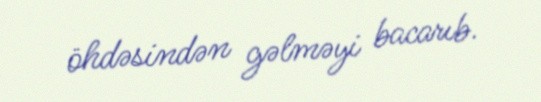
öhdəsindən gəlməyi bacarıb.